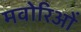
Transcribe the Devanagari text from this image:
मवोरिओं